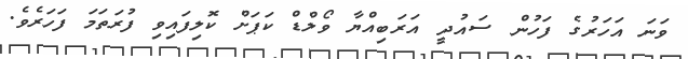
ވަނަ އަހަރުގެ ފަހުން ސައުދީ އަރަބިއްޔާ ވޯލްޑް ކަޕަށް ކޮލިފައިވި ފުރަތަމަ ފަހަރެވެ.